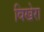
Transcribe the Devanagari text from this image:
विखेरा